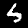
Label: 5